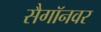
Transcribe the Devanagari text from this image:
सैगॉनवर